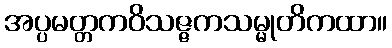
အပ္ပမတ္တကဝိသဇ္ဇကသမ္မုတိကထာ။